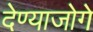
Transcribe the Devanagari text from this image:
देण्याजोगे